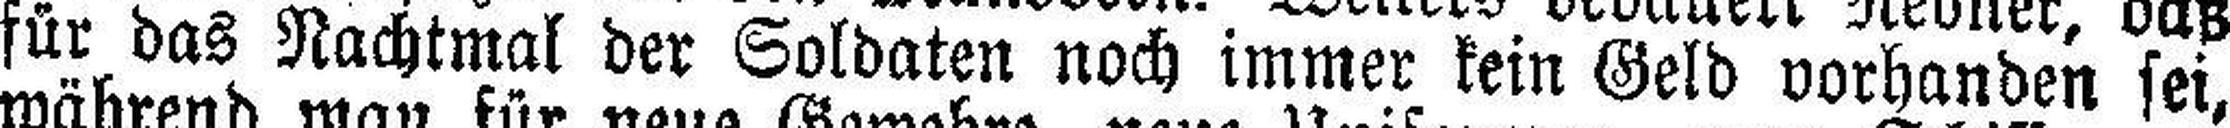
für das Nachtmal der Soldaten noch immer kein Geld vorhanden sei,